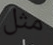
مثل